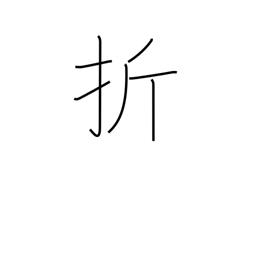
Meaning: submit